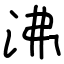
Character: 沸